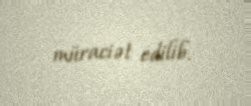
müraciət edilib.